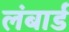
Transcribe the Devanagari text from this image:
लंबार्ड